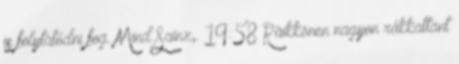
is folytatódni fog. Mind Sainz,. 19:58 Räikkönen nagyon rákkattant